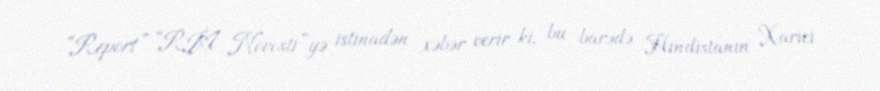
“Report” “RİA Novosti”yə istinadən xəbər verir ki, bu barədə Hindistanın Xarici